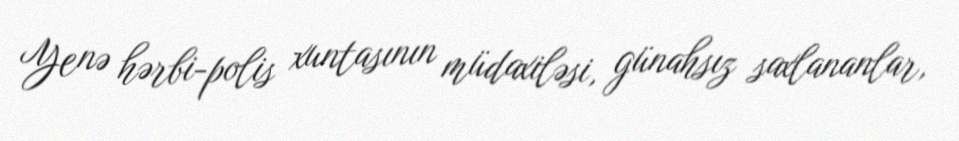
Yenə hərbi-polis xuntasının müdaxiləsi, günahsız saxlananlar,